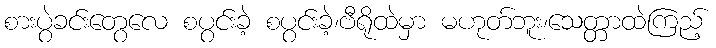
စားပွဲခင်းတွေလေ စပွင်းခဲ့ စပွင်းခဲ့၊ဗီရိုထဲမှာ မဟုတ်ဘူး၊သေတ္တာထဲကြည့်